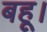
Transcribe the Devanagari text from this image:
बहू।